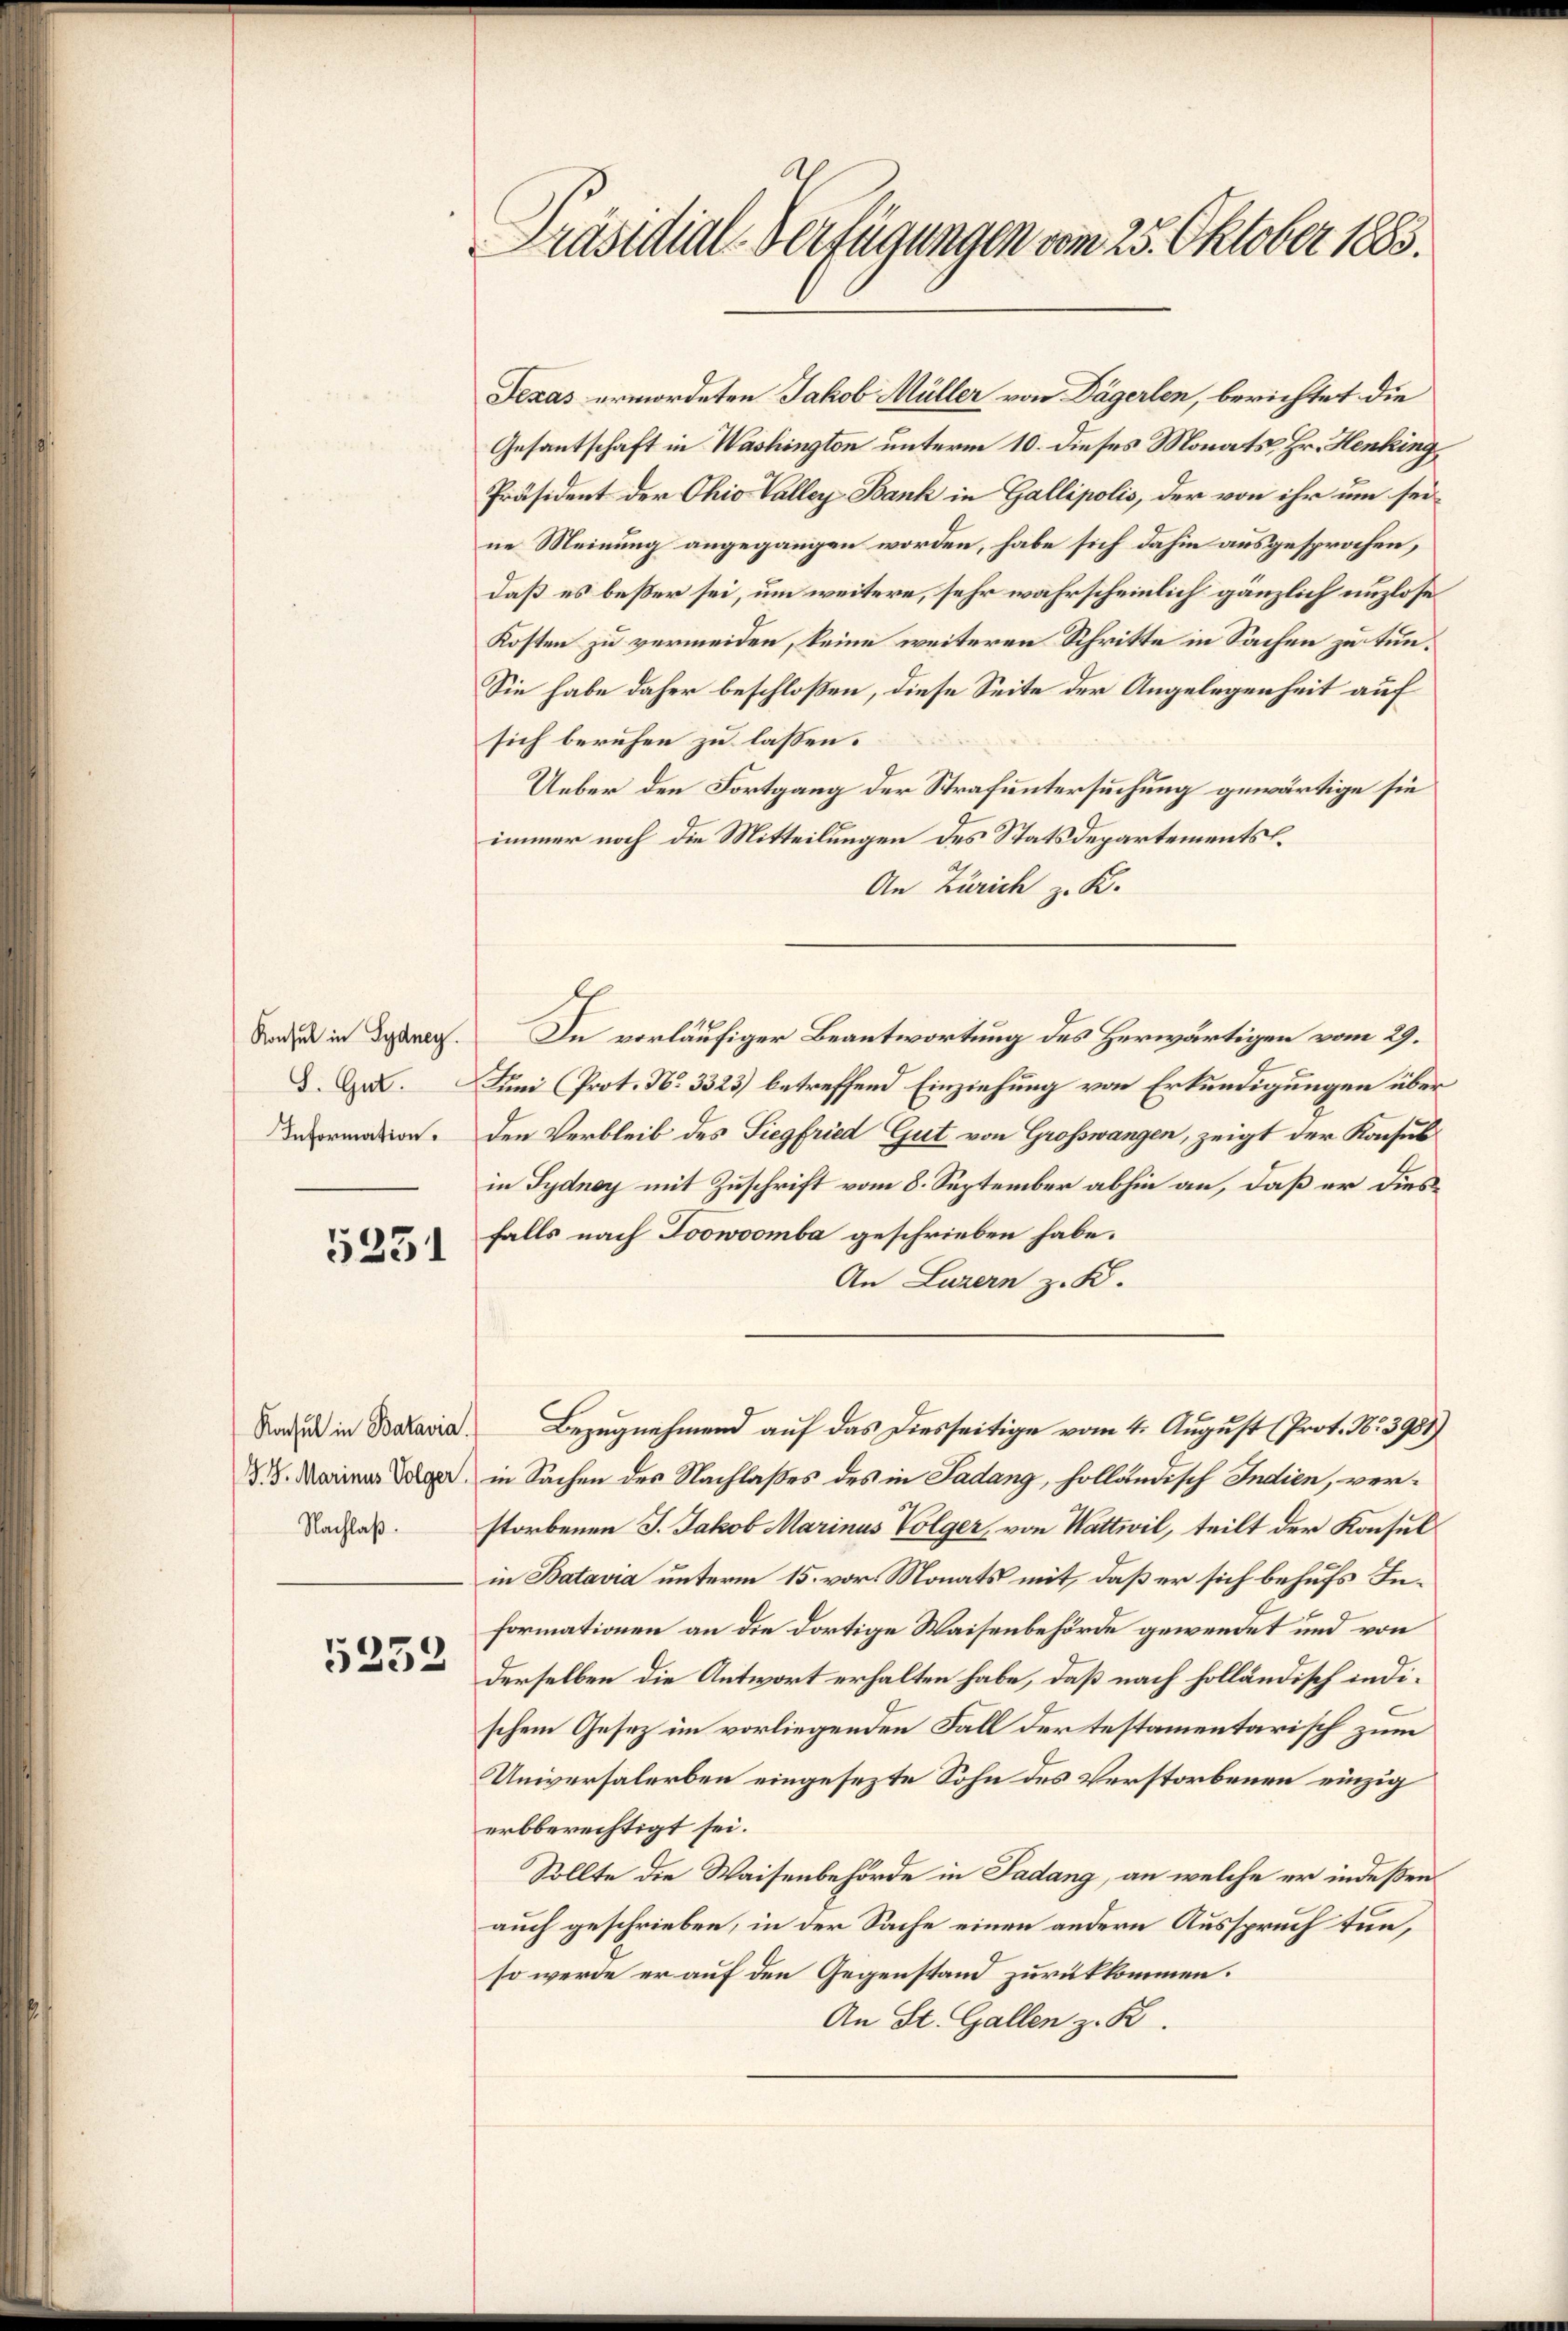
Konsul in Sydney.
Information.

5231

5252

Präsidial-Verfügungen vom 25. Oktober 1885.

Texas ermordeten Jakob Müller von Dägerlen, berichtet die
Gesantschaft in Washington unterm 10. dieses Monats, Hr. Henking
Präsident der Ohio Valley Bank in Gallipolis, der von ihr um sei-
ne Meinung angegangen worden, habe sich dahin ausgesprochen,
daß es beßer sei, um weitere, sehr wahrscheinlich gänzlich unzlöse
Kosten zu vermeiden, keine weiteren Schritte in Sachen zu tun¬
Sie habe daher beschloßen, diese Seite der Angelegenheit auf
sich beruhen zu lassen.
Ueber den Fortgang der Strafuntersuchung gewärtige sie
immer noch die Mitteilungen des Statsdepartements.
An Zürich z. K.
De vorläufiger Beantwortung des Herwärtigen vom 29.
d. Dr. Juni Prot. N. 3323) betreffend Einziehung von Erkundigungen über
Den Verbleib des Siegfried Gut von Grosswangen, zeigt der Konsul
in Sydney mit Zuschrift vom 8. September abhin an, daß er diesfalls nach Joowoomba geschrieben habe.
An Luzern z. K.
Sad in Bataria Bezugnehmend auf das Diesseitige vom 4. August (Prot. No 3951)
Da in Sachen des Nachlaßes des in Ladung, holländisch Indien, ver¬
Daches storbenen J. Jakob Marinus Volger, von Wattwil, teilt der Konsul
in Batavia unterm 15. vor Monats mit, daß er sich behufs Informationen an die dortige Waisenbehörde gewendet und von
derselben die Antwort erhalten habe, daß nach holländisch indischem Gesez im vorliegenden Fall der testamentarisch zum
Universalerben eingesezte Sohn des Verstorbenen einzig
erbberechtigt sei.
Sollte die Waisenbehörde in Ladung, an welche er indeßen
auch geschrieben, in der Sache einen andern Ausspruch tun,
so werde er auf den Gegenstand zurükkommen.
An St. Gallen z. B.